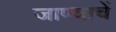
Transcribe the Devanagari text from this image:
जाण्याचें